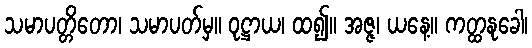
သမာပတ္တိတော၊ သမာပတ်မှ။ ဝုဋ္ဌာယ၊ ထ၍။ အဇ္ဇ၊ ယနေ့။ ကတ္ထနုခေါ၊